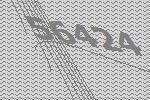
56424